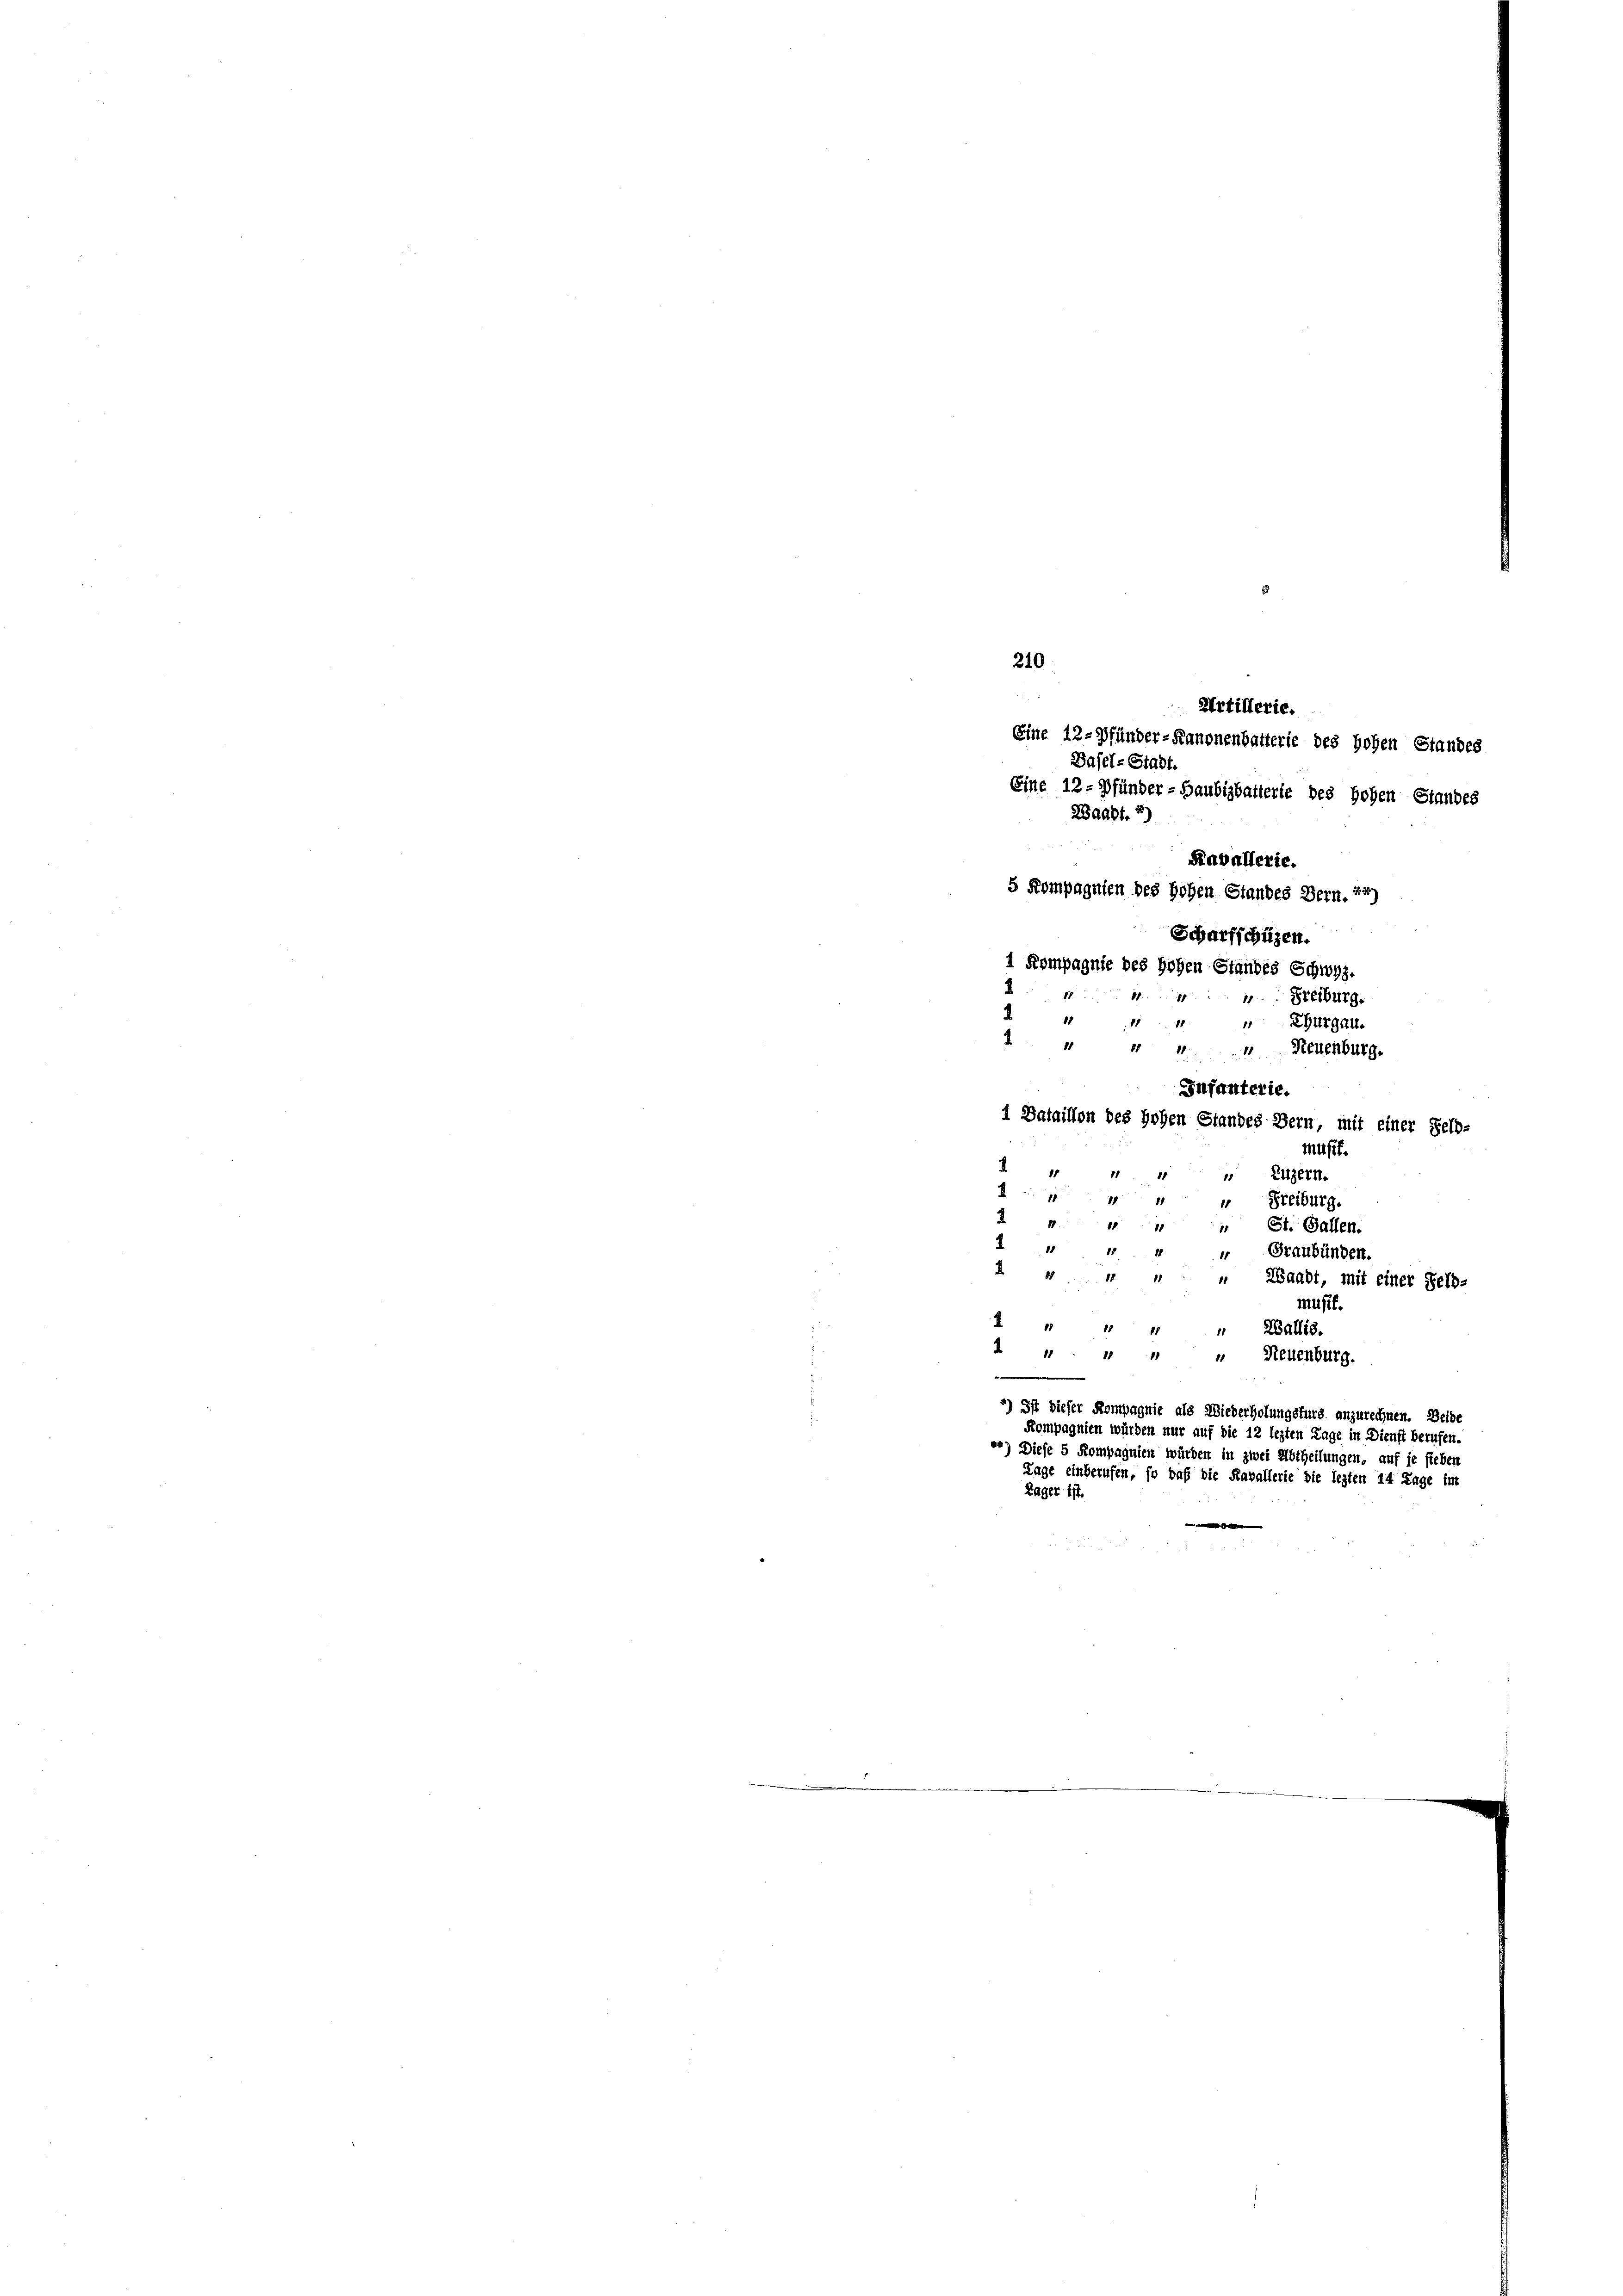
210
Eine 12-Pfünder-Kanonenbatterie des Hohen Standes
Basel-Stadt
Eine 12 - Pfunder-Haubigbatterie des hohen Standes
Zaabf. 2)

Kavallerie.
5 Kompagnien des Hohen Standes Bern.24)
Scharfschüzen.
1
.
“ Freiburg.
2
18
 Thurgau.
2 11 11 11
 Neuenburg.
Infanterie.
1 Bataillon des Hohen Standes Bern, mit einer Selb-
Müßt.
.
15
11
 Luzern.
4
1
 " Freiburg.
2
11.
St. Gallen.
2
18
15
Graubünden.
2
88
.
Zaadt, mit einer Feld-
müff.
E
1
 Zallis.
4 " " " " Neuenburg.
e
*) Ist dieser Kompagnie als Wiederholungsfürs anzurechnen. Beibe
Kompagnien würden nur auf die 12 lezten Tage in Dienst berufen.
2) Diese 5 Kompagnien würden in zwei Abtheilungen, auf je fieben
Lage einberufen, so daß die Kavallerie die lezten 14 Tage im
Lager ist.
e

Artillerie.

1 Kompagnie des Hohen Standes Schwyz.
1
1818